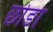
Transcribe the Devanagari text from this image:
छोङा